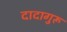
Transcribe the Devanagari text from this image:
दादागुरू